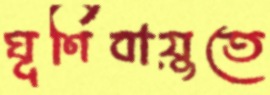
ঘূর্ণিবায়ুতে